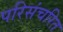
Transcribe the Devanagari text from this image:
परिसंचरित